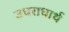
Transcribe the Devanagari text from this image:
उधराधार्थ